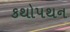
કથોપથન